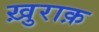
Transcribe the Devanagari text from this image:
ख़ुराक़